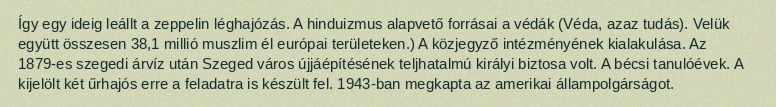
Így egy ideig leállt a zeppelin léghajózás. A hinduizmus alapvető forrásai a védák (Véda, azaz tudás). Velük együtt összesen 38,1 millió muszlim él európai területeken.) A közjegyző intézményének kialakulása. Az 1879-es szegedi árvíz után Szeged város újjáépítésének teljhatalmú királyi biztosa volt. A bécsi tanulóévek. A kijelölt két űrhajós erre a feladatra is készült fel. 1943-ban megkapta az amerikai állampolgárságot.